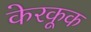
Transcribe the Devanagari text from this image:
केरकूक